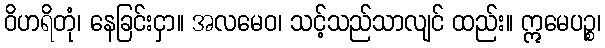
ဝိဟရိတုံ၊ နေခြင်းငှာ။ အလမေဝ၊ သင့်သည်သာလျင် ထည်း။ ဣမေပဉ္စ၊